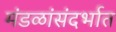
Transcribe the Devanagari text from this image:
मंडळांसंदर्भात